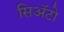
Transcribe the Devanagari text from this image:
सिअॅटो